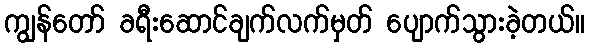
ကျွန်တော် ခရီးဆောင်ချက်လက်မှတ် ပျောက်သွားခဲ့တယ်။